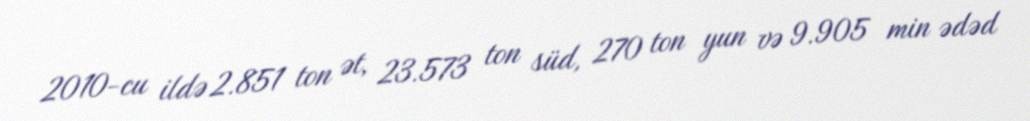
2010-cu ildə 2.851 ton ət, 23.573 ton süd, 270 ton yun və 9.905 min ədəd